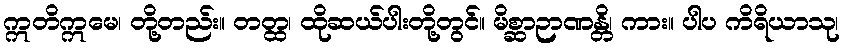
ဣတိဣမေ၊ တို့တည်း။ တတ္ထ၊ ထိုဆယ်ပါးတို့တွင်။ မိစ္ဆာဉာဏန္တိ၊ ကား။ ပါပ ကိရိယာသု၊